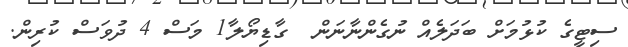
ސިޓީގެ ކުޅުމަށް ބަދަލެއް ނުގެންނާނަން  ގާޑިޔޯލާ1 މަސް 4 ދުވަސް ކުރިން.